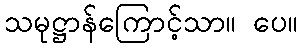
သမုဋ္ဌာန်ကြောင့်သာ။ ပေ။